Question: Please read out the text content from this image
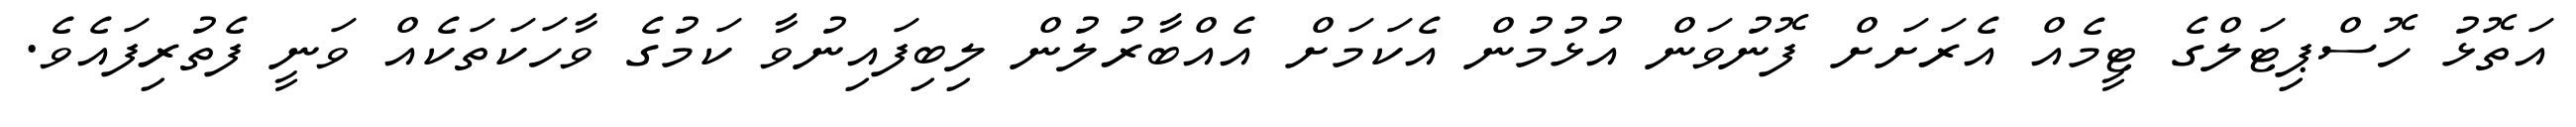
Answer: އަތޮޅު ހޮސްޕިޓަލްގެ ޓީމެއް އެރަށަށް ފޮނުވަން އުޅުމުން އެކަމަށް އެއްބާރުލުން ލިބިފައިނުވާ ކަމުގެ ވާހަކަތަކެއް ވަނީ ފެތުރިފައެވެ.